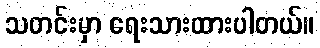
သတင်းမှာ ရေးသားထားပါတယ်။